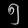
Digit: ၅